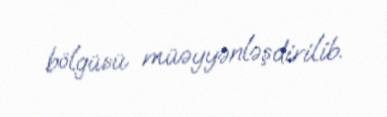
bölgüsü müəyyənləşdirilib.